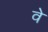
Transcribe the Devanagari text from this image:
वेे